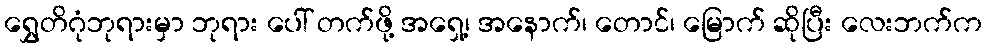
ရွှေတိဂုံဘုရားမှာ ဘုရား ပေါ် တက်ဖို့ အရှေ့၊ အနောက်၊ တောင်၊ မြောက် ဆိုပြီး လေးဘက်က